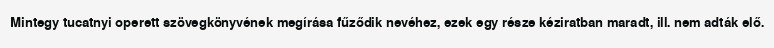
Mintegy tucatnyi operett szövegkönyvének megírása fűződik nevéhez, ezek egy része kéziratban maradt, ill. nem adták elő.